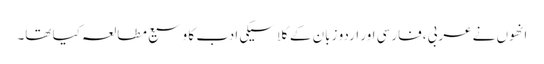
انھوں نے عربی ،فارسی اور اردو زبان کے کلاسیکی ادب کا وسیع مطالعہ کیا تھا۔